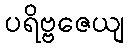
ပရိဗ္ဗဇေယျ